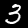
Digit: 3